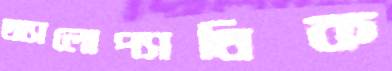
অ্যালোপ্যাথিক